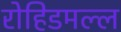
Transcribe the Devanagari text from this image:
रोहिडमल्ल